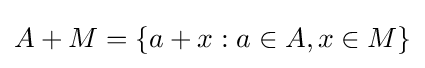
A+M=\{a+x:a\in A,x\in M\}